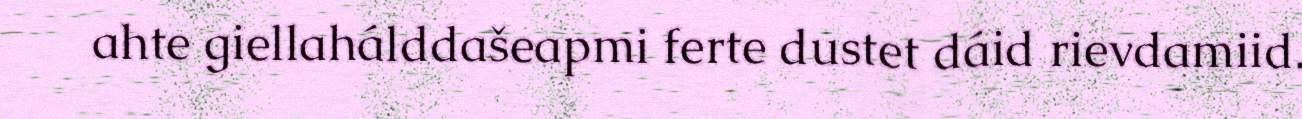
ahte giellahálddašeapmi ferte dustet dáid rievdamiid.